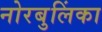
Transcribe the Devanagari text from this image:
नोरबुलिंका